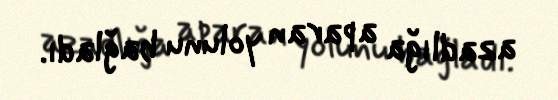
azadlığa aparan yolunu bağladı.